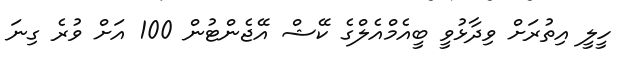
ހީލީ އިތުރަށް ވިދާޅުވީ ބީއެމްއެލްގެ ކޭޝް އޭޖެންޓުން 100 އަށް ވުރެ ގިނަ